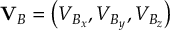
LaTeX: \mathbf { V } _ { B } = \left( V _ { B _ { x } } , V _ { B _ { y } } , V _ { B _ { z } } \right)